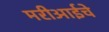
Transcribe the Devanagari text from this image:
मरीआईचे